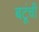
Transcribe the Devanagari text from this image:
बटूंची